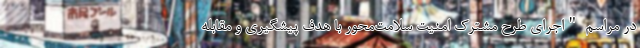
در مراسم "اجرای طرح مشترک امنیت سلامت‌محور با هدف پیشگیری و مقابله